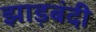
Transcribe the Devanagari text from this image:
झाड़बंदी